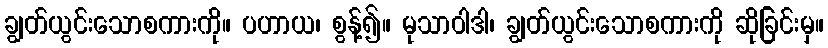
ချွတ်ယွင်းသောစကားကို။ ပဟာယ၊ စွန့်၍။ မုသာဝါဒါ၊ ချွတ်ယွင်းသောစကားကို ဆိုခြင်းမှ။